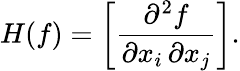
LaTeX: H(f)=\left[{\frac{\partial^{2}f}{\partial x_{i}\, \partial x_{j}}}\right].